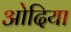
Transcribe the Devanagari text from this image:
ओदिया